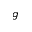
g